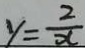
y = \frac { 2 } { x }